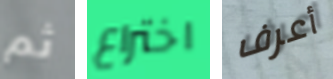
ثم اختراع أعرف